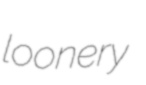
loonery